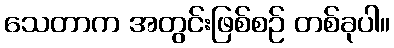
သေတာက အတွင်းဖြစ်စဉ် တစ်ခုပါ။